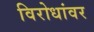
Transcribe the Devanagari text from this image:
विरोधांवर